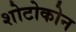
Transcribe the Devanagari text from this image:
शोटोकोन